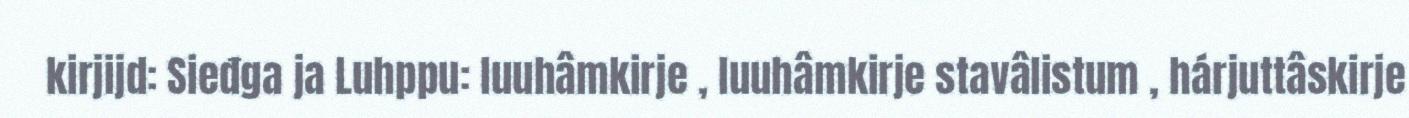
kirjijd: Sieđga ja Luhppu: luuhâmkirje , luuhâmkirje stavâlistum , hárjuttâskirje